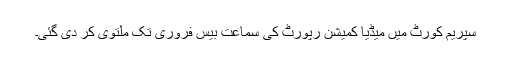
سپریم کورٹ میں میڈیا کمیشن رپورٹ کی سماعت بیس فروری تک ملتوی کر دی گئی۔